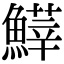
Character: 𩺵